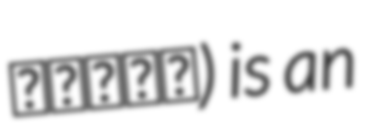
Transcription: ناصری) is an